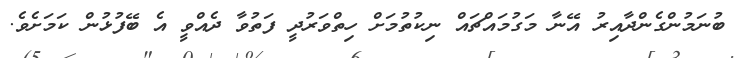
ބުނަމުންގެންދާއިރު އޭނާ މަގުމައްޗައް ނިކުތުމަށް ހިތްވަރުދީ ފަތުވާ ދެއްވީ އެ ބޭފުޅުން ކަމަށެވެ.